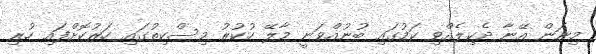
މިނަން އޭނާ ދެކިލެއްވި ކަމުގައި ބުނުއްވަނީ މާލޭ ހުކުރު މިސްކިތުގައި ހަރުކޮށްފައި ހުރި